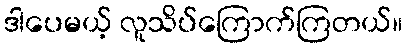
ဒါပေမယ့် လူသိပ်ကြောက်ကြတယ်။